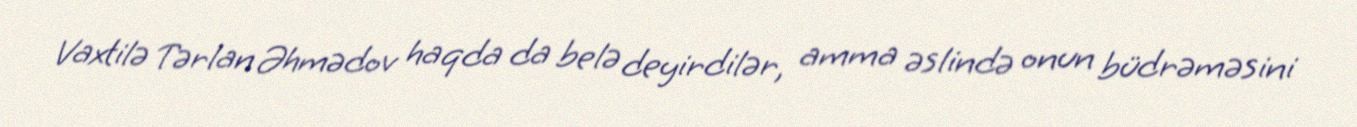
Vaxtilə Tərlan Əhmədov haqda da belə deyirdilər, amma əslində onun büdrəməsini